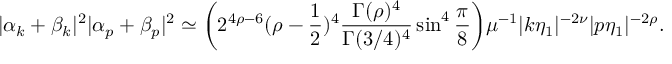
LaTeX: | \alpha _ { k } + \beta _ { k } | ^ { 2 } | \alpha _ { p } + \beta _ { p } | ^ { 2 } \simeq \biggl ( 2 ^ { 4 \rho - 6 } ( \rho - \frac { 1 } { 2 } ) ^ { 4 } \frac { \Gamma ( \rho ) ^ { 4 } } { \Gamma ( 3 / 4 ) ^ { 4 } } \sin ^ { 4 } { \frac { \pi } { 8 } } \biggr ) \mu ^ { - 1 } | k \eta _ { 1 } | ^ { - 2 \nu } | p \eta _ { 1 } | ^ { - 2 \rho } .